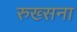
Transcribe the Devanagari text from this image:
रुख्सना